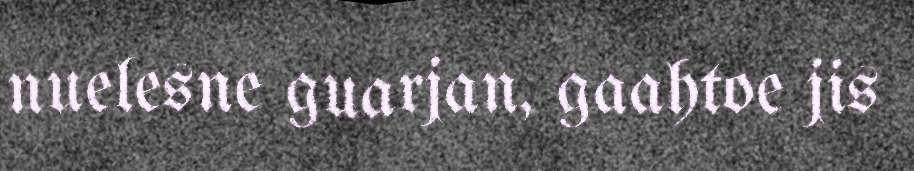
nuelesne guarjan, gaahtoe jis